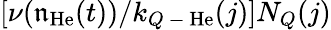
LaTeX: [\nu(\mathfrak{n}_{\mathrm{{He}}}(t))/k_{Q\mathrm{{~-~}}\mathrm{{He}}}(j)]N_{Q}(j)